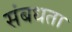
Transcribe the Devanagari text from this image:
संबधता